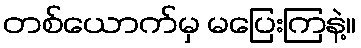
တစ်ယောက်မှ မပြေးကြနဲ့။